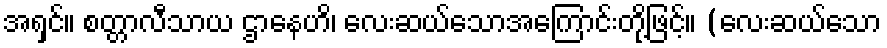
အရှင်။ စတ္တာလီသာယ ဌာနေဟိ၊ လေးဆယ်သောအကြောင်းတို့ဖြင့်။ (လေးဆယ်သော